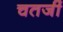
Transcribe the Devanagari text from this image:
चतर्जी